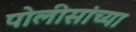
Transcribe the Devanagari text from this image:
पोलीसांच्या